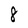
Character: 8